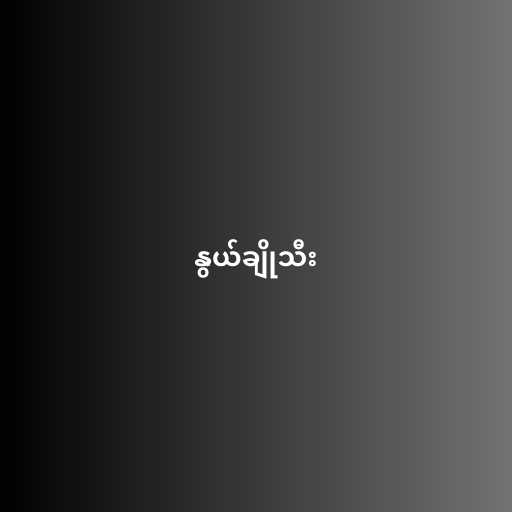
နွယ်ချိုသီး